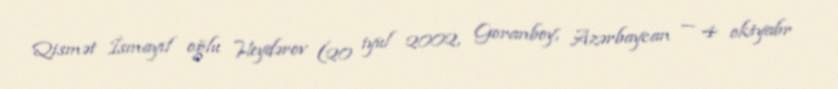
Qismət İsmayıl oğlu Heydərov (20 iyul 2002, Goranboy, Azərbaycan — 4 oktyabr